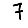
Digit: 7